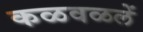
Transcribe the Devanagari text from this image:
कळवळलें